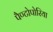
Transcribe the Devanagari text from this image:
पैण्टोपोरिया